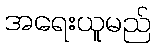
အရေးယူမည်